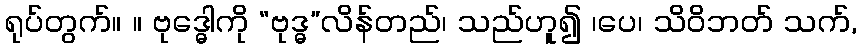
ရုပ်တွက်။ ။ ဗုဒ္ဓေါကို “ဗုဒ္ဓ”လိန်တည်၊ သည်ဟူ၍ ၊ပေ၊ သိဝိဘတ် သက်,